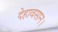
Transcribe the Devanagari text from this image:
देहावसान।